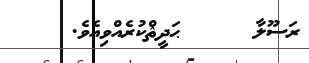
ރަސޫލާ     ޙަދީޘްކުރެއްވިއެވެ.